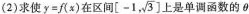
(2)求使 $$y = f ( x )$$ 在区间 [-1, \sqrt{3}] 上是单调函数的θ